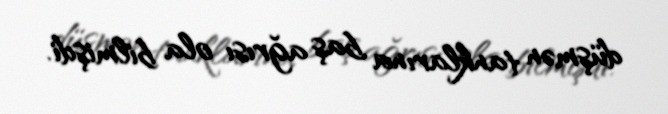
düşmən tanklarına baş ağrısı ola bilmişdi.